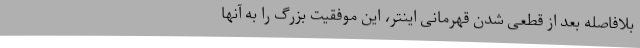
بلافاصله بعد از قطعی شدن قهرمانی اینتر، این موفقیت بزرگ را به آنها